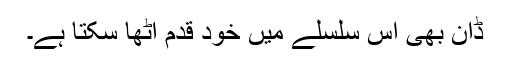
ڈان بھی اس سلسلے میں خود قدم اٹھا سکتا ہے۔